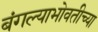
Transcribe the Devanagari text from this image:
बंगल्याभोवतीच्या